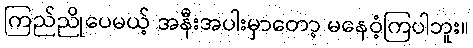
ကြည်ညိုပေမယ့် အနီးအပါးမှာတော့ မနေဝံ့ကြပါဘူး။